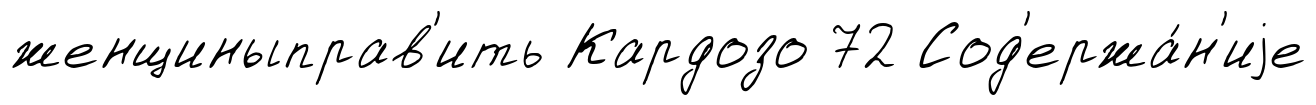
женщиныправ'ить Кардозо 72 Сод'ержа́н'иjе